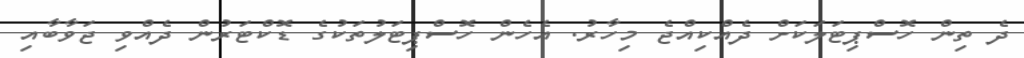
ދެ ތިން ހޮސްޕިޓަލަކަށް ދެއްކިއްޖެ މިހާރު. އެހެން ހޮސްޕިޓަލުތަކުގެ ޑޮކްޓަރުން ދެއްވި ޖަވާބާއި